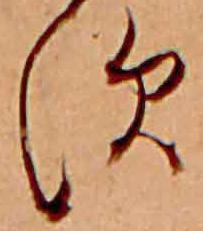
す